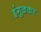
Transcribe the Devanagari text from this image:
इंगुळकर